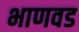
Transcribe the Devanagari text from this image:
भाणवड